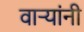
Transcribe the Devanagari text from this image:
वाऱ्यांनी